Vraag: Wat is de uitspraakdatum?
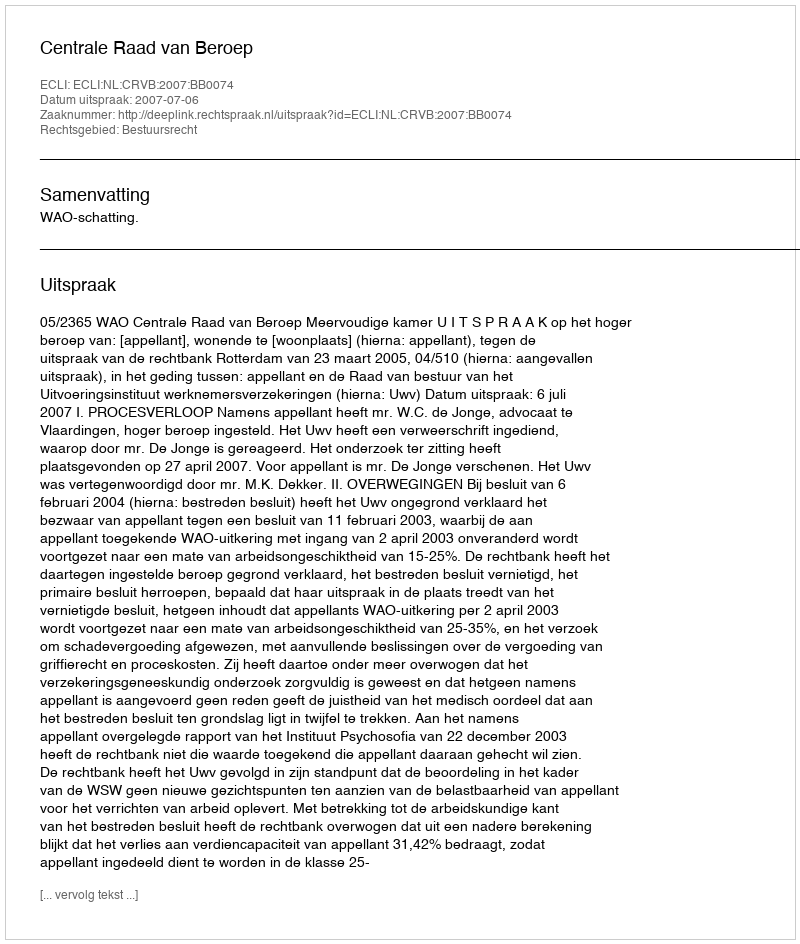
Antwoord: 2007-07-06